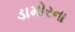
ડામોરના